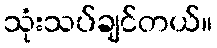
သုံးသပ်ချင်တယ်။